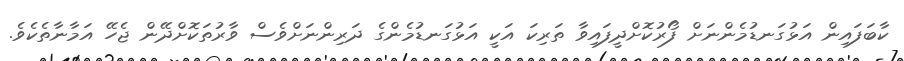
ކާބަފައިން އަޅުގަނޑުމެންނަށް ފޯރުކޮށްދީފައިވާ ތަރިކަ އަކީ އަޅުގަނޑުމެންގެ ދަރިންނަށްވެސް ވާރުތަކޮށްދޭން ޖެހޭ އަމާނާތެކެވެ.